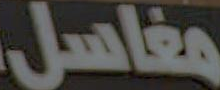
مغاسل